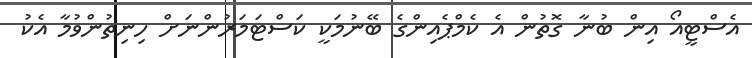
އެސްޓީއޯ އިން ބުނާ ގޮތުން އެ ކެމްޕެއިންގެ ބޭނުމަކީ ކަސްޓަމަރުންނަށް ހިނިތުންވުމާ އެކު